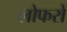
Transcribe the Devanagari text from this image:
लोफरों